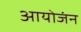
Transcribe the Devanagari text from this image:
आयोजंन